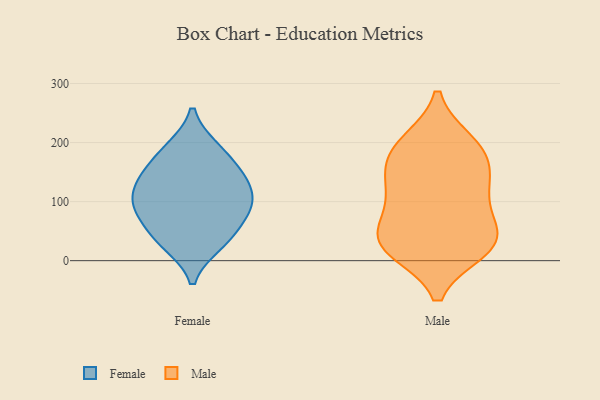
{"axis": {"x": "Waste Production (Tons)", "y": "Value"}, "legend": ["Female", "Male"], "data": [{"x": "", "y": 146, "type": "Female"}, {"x": "", "y": 92, "type": "Female"}, {"x": "", "y": 144, "type": "Female"}, {"x": "", "y": 47, "type": "Female"}, {"x": "", "y": 187, "type": "Female"}, {"x": "", "y": 117, "type": "Female"}, {"x": "", "y": 140, "type": "Female"}, {"x": "", "y": 92, "type": "Female"}, {"x": "", "y": 79, "type": "Female"}, {"x": "", "y": 96, "type": "Female"}, {"x": "", "y": 190, "type": "Female"}, {"x": "", "y": 32, "type": "Female"}, {"x": "", "y": 28, "type": "Female"}, {"x": "", "y": 19, "type": "Male"}, {"x": "", "y": 176, "type": "Male"}, {"x": "", "y": 51, "type": "Male"}, {"x": "", "y": 140, "type": "Male"}, {"x": "", "y": 90, "type": "Male"}, {"x": "", "y": 173, "type": "Male"}, {"x": "", "y": 115, "type": "Male"}, {"x": "", "y": 24, "type": "Male"}, {"x": "", "y": 21, "type": "Male"}, {"x": "", "y": 200, "type": "Male"}, {"x": "", "y": 125, "type": "Male"}, {"x": "", "y": 38, "type": "Male"}, {"x": "", "y": 199, "type": "Male"}, {"x": "", "y": 39, "type": "Male"}]}